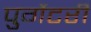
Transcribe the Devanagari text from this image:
पुर्गेटरी